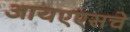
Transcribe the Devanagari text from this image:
आयएएसचे